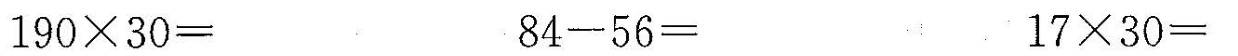
$$1 9 0 \times 3 0 =$$ $$8 4 - 5 6 =$$ $$1 7 \times 3 0 =$$